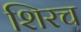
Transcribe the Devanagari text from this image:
शिरच